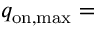
q _ { \mathrm { o n , m a x } } =